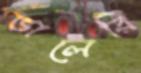
ভালেরি